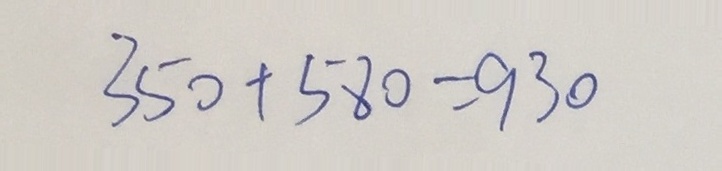
3 5 0 + 5 8 0 = 9 3 0